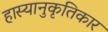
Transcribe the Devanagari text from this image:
हास्यानुकृतिकार